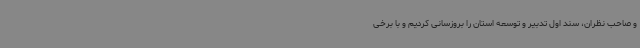
و صاحب نظران، سند اول تدبیر و توسعه استان را بروزسانی کردیم و با برخی